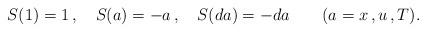
LaTeX: \begin{align*}S(1)=1\,, \ \ \ S(a)=-a\,, \ \ \ S(da)=-da \ \ \ \ \ \ (a=x\,,u\,,T).\end{align*}